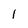
Character: l